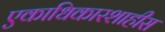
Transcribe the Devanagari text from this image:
एकाधिकारशाहीस